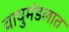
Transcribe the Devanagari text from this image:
वायुमंडलात